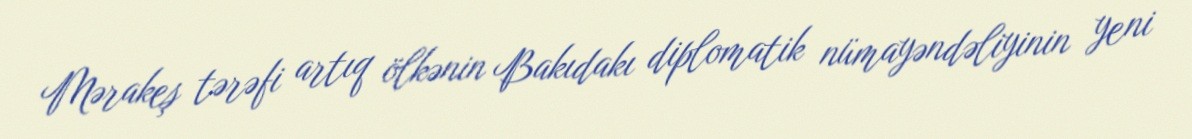
Mərakeş tərəfi artıq ölkənin Bakıdakı diplomatik nümayəndəliyinin yeni